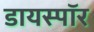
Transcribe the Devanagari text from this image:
डायस्पॉर